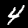
Label: 4